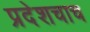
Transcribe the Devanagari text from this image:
प्रदेशचाच